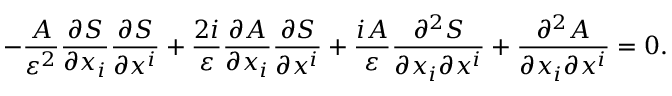
- { \frac { A } { \varepsilon ^ { 2 } } } { \frac { \partial S } { \partial x _ { i } } } { \frac { \partial S } { \partial x ^ { i } } } + { \frac { 2 i } { \varepsilon } } { \frac { \partial A } { \partial x _ { i } } } { \frac { \partial S } { \partial x ^ { i } } } + { \frac { i A } { \varepsilon } } { \frac { \partial ^ { 2 } S } { \partial x _ { i } \partial x ^ { i } } } + { \frac { \partial ^ { 2 } A } { \partial x _ { i } \partial x ^ { i } } } = 0 .